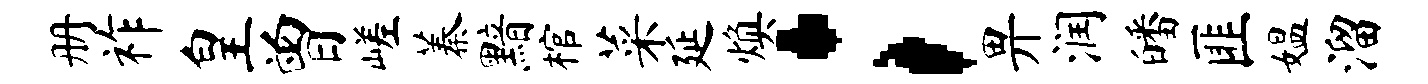
册祚皇曾嵯蓁黯棺菜延焕；畀润皤匪媪溜